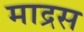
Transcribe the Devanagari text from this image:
माद्रस